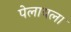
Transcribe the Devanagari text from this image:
पेलायला